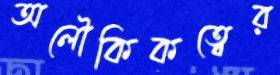
অলৌকিকত্বের